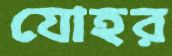
যোহর